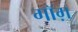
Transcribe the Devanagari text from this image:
गॉग़